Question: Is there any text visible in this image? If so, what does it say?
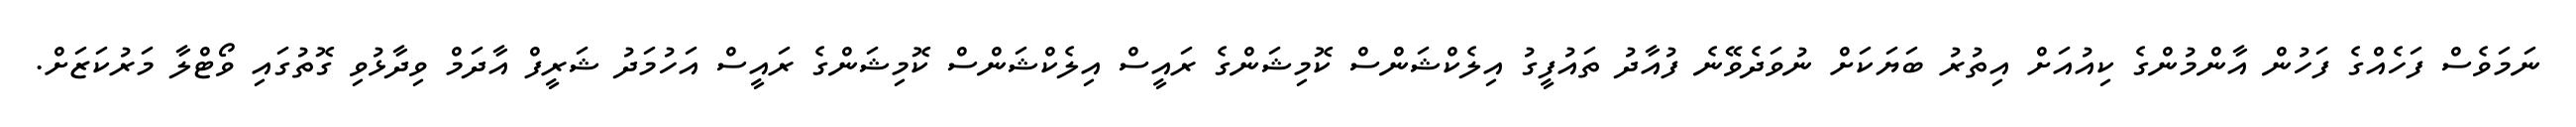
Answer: ނަމަވެސް ފަހެއްގެ ފަހުން އާންމުންގެ ކިއުއަށް އިތުރު ބަޔަކަށް ނުވަދެވޭނެ ފުއާދު ތައުފީގު އިލެކްޝަންސް ކޮމިޝަންގެ ރައީސް އިލެކްޝަންސް ކޮމިޝަންގެ ރައީސް އަހުމަދު ޝަރީފް އާދަމް ވިދާޅުވި ގޮތުގައި ވޯޓްލާ މަރުކަޒަށް.